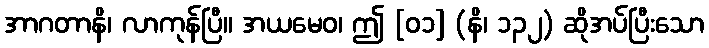
အာဂတာနိ၊ လာကုန်ပြီ။ အယမေဝ၊ ဤ [၀၁] (နိ၊ ၁၃၂) ဆိုအပ်ပြီးသော